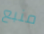
منبع